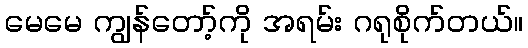
မေမေ ကျွန်တော့်ကို အရမ်း ဂရုစိုက်တယ်။